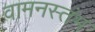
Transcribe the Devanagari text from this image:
वामनस्तंभ